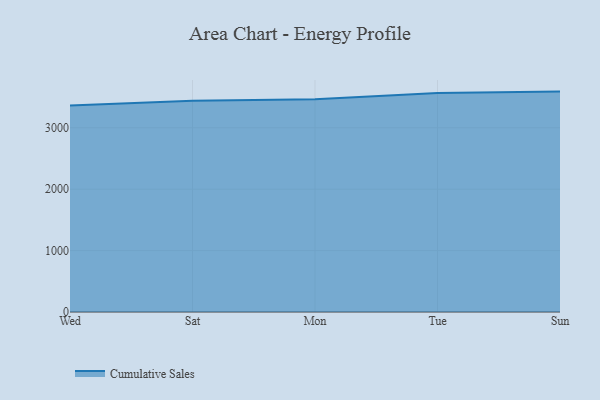
{"axis": {"x": "Day", "y": "Latency (ms)"}, "legend": ["Cumulative Sales"], "data": [{"x": "Wed", "y": 3361.3, "type": "Cumulative Sales"}, {"x": "Sat", "y": 3441.5, "type": "Cumulative Sales"}, {"x": "Mon", "y": 3464.8, "type": "Cumulative Sales"}, {"x": "Tue", "y": 3565.8, "type": "Cumulative Sales"}, {"x": "Sun", "y": 3589.3, "type": "Cumulative Sales"}]}